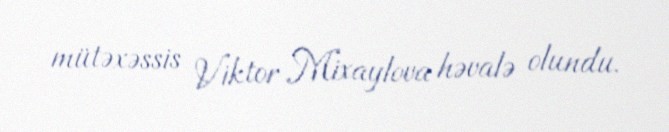
mütəxəssis Viktor Mixaylova həvalə olundu.